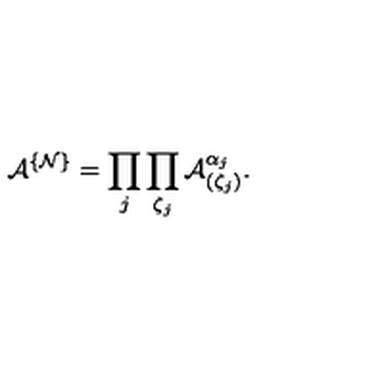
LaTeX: { \mathcal A } ^ { \{ { \mathcal N } \} } = \prod _ { j } \prod _ { \zeta _ { j } } { \mathcal A } _ { ( \zeta _ { j } ) } ^ { \alpha _ { j } } .